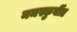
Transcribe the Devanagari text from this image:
नमस्कुर्वीत